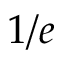
1 / e